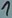
Text: 1